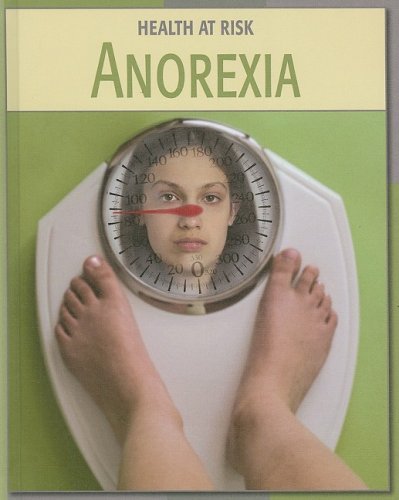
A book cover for Anorexia (Health at Risk); Gail Stewart; Health, Fitness & Dieting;